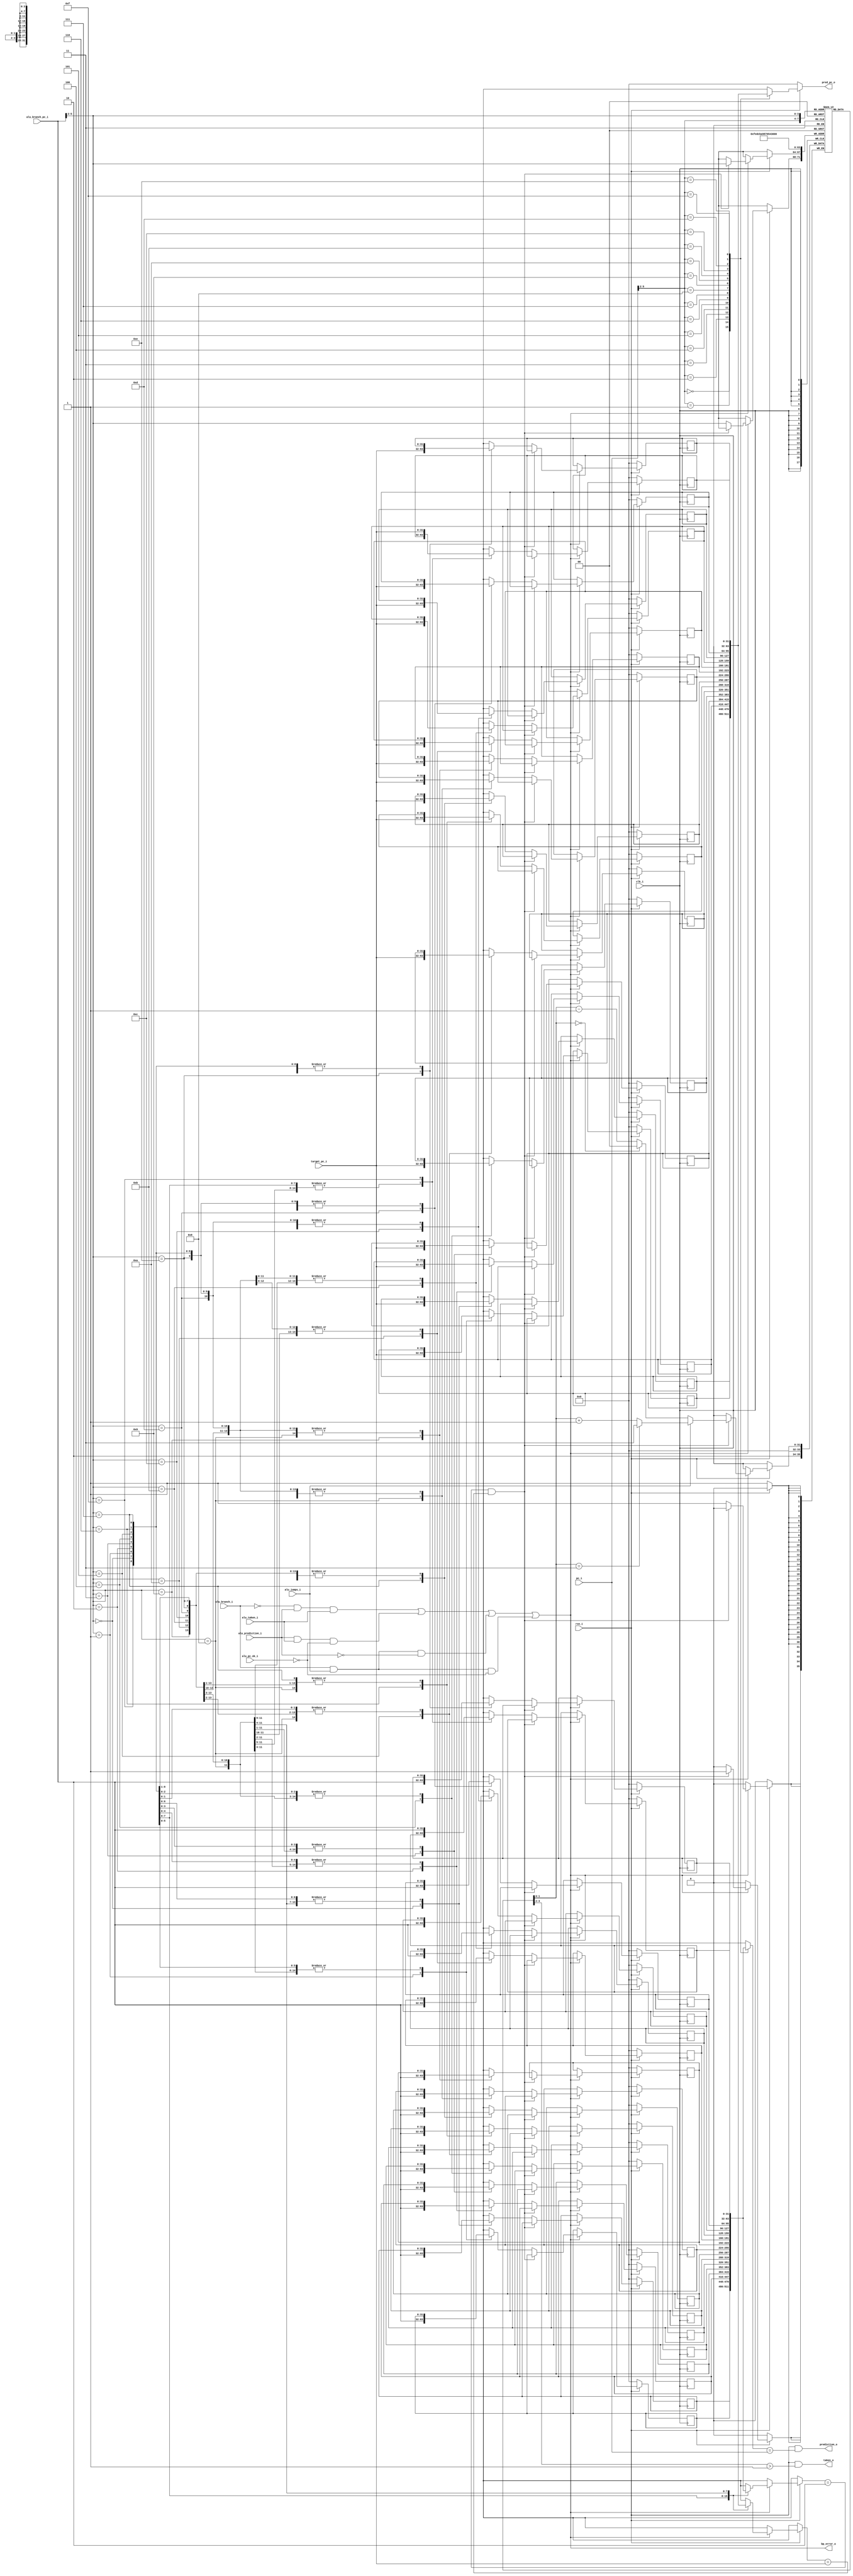
// Branch predictor
module branch_predictor(
    input           clk_i,
    input           rsn_i,
    input   [31:0]  pc_i,
    input   [31:0]  target_pc_i,
    input           alu_branch_i,
    input           alu_jumps_i,
    input           alu_prediction_i,
    input           alu_taken_i,
    input           alu_pc_ok_i,
    input   [31:0]  alu_branch_pc_i,

    output  [31:0]  pred_pc_o,
    output          prediction_o,
    output          taken_o,
    output          bp_error_o);

reg [31:0] branch_pc_array[15:0];
reg [31:0] target_pc_array[15:0];
reg [1:0]  taken_array[15:0];

wire [31:0] pred_pc;
wire taken;
wire prediction;

wire error;
assign pred_pc_o = pred_pc;
assign taken_o = taken;
assign prediction_o = prediction;
assign error = (!alu_branch_i & alu_prediction_i & alu_taken_i) |
               (alu_prediction_i & alu_taken_i & !alu_pc_ok_i)  |
               (alu_branch_i & alu_jumps_i & !alu_prediction_i) |
               (alu_branch_i & alu_jumps_i & !alu_pc_ok_i);
assign bp_error_o = error;           

wire [3:0]  pc_map;
wire [3:0]  branch_pc_map;
assign pc_map = pc_i[5:2];
assign branch_pc_map = alu_branch_pc_i[5:2];

assign taken = rsn_i & (taken_array[pc_map] > 1);
assign prediction = rsn_i & branch_pc_array[pc_map] == pc_i;
assign pred_pc = rsn_i ? target_pc_array[pc_map] : 32'b0;

wire [1:0]  taken_value;
assign taken_value = taken_array[branch_pc_map];


integer i;
always @(posedge clk_i)
begin
    if(!rsn_i) begin
        for(i = 0; i<16; i = i+1) begin
            branch_pc_array[i] = 32'b0;
            target_pc_array[i] = 32'b0;
            taken_array[i] = 32'b0;
        end
    end
    else if(error)
    begin
        if (branch_pc_array[branch_pc_map] == alu_branch_pc_i & target_pc_array[branch_pc_map] == target_pc_i) 
        begin
            taken_array[branch_pc_map] = alu_jumps_i ? 
                                          (taken_value == 2'b11 ? 2'b11 : taken_value + 1) : 
                                          (taken_value == 2'b00 ? 2'b00 : taken_value - 1);  

        end else begin
            taken_array[branch_pc_map] = 2'b10;
            branch_pc_array[branch_pc_map] = alu_branch_pc_i;
            target_pc_array[branch_pc_map] = target_pc_i;
        end
    end
end


endmodule